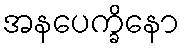
အနပေက္ခိနော